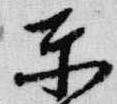
東